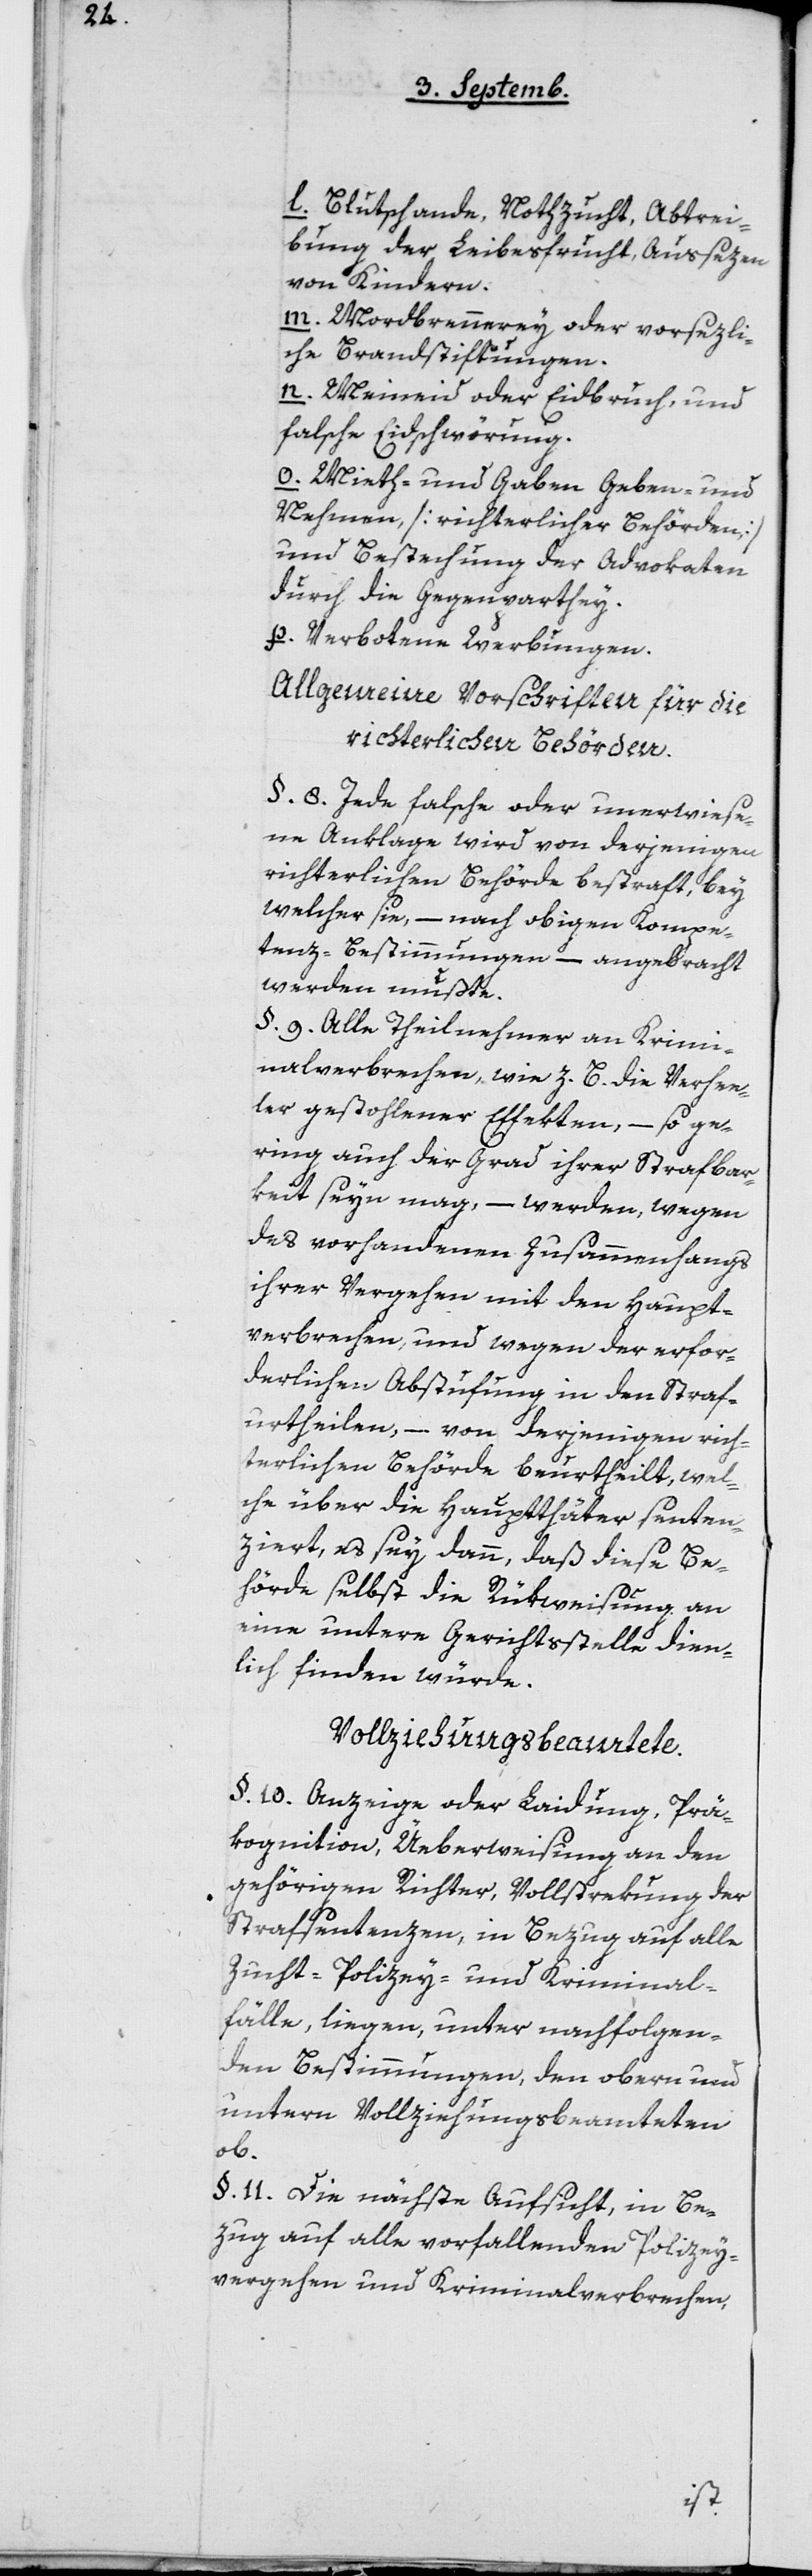
l. Blutschande, Nothzucht, Abtrei¬
bung der Leibesfrucht, Aussezen
von Kindern.
m. Mordbrennerey oder vorsezli¬
che Brandstiftungen.
n. Meineid oder Eidbruch, und
falsche Eidschwörung.
o. Mieth- und Gaben Geben- und
Nehmen [richterlicher Behörden]
und Bestechung der Advokaten
durch die Gegenparthey.
p. Verbotene Werbungen.
Allgemeine Vorschriften für die
richterlichen Behörden.
§ 8. Jede falsche oder unerwiese¬
ne Anklage wird von derjenigen
richterlichen Behörde bestraft, bey
welcher sie, – nach obigen Kompe¬
tenz-Bestimmungen – angebracht
werden mußte.
§ 9. Alle Theilnehmer an Krimi¬
nalverbrechen, wie z. B. die Verhee¬
ler gestohlener Effekten, – so ge¬
ring auch der Grad ihrer Strafbar¬
keit seyn mag, – werden, wegen
des vorhandenen Zusammenhangs
ihrer Vergehen mit den Haupt¬
verbrechen, und wegen der erfor¬
derlichen Abstufung in den Straf¬
urtheilen, – von derjenigen rich¬
terlichen Behörde beurtheilt, wel¬
che über die Hauptthäter senten¬
ziert, es sey dann, daß diese Be¬
hörde selbst die Rükweisung an
eine untere Gerichtsstelle dien¬
lich finden würde.
Vollziehungsbeamtete
§ 10. Anzeige oder Laidung, Prä¬
kognition, Überweisung an den
gehörigen Richter, Vollstrekung der
Strafsentenzen, in Bezug auf alle
Zucht-Polizey- und Kriminal¬
fälle, liegen, unter nachfolgen¬
den Bestimmungen, den obern und
untern Vollziehungsbeamteten
ob.
§ 11. Die nächste Aufsicht, in Be¬
zug auf alle vorfallenden Polizey¬
vergehen und Kriminalverbrechen,